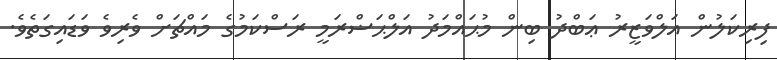
ފިރިކަލުން އަލްވަޒީރު ޢަބްދު ބިން މުޙައްމަދު އަލްޙަޟްރަމީ ރަސްކަމުގެ މައްޗަށް ވެރިވެ ވަޑައިގަތެވެ.